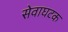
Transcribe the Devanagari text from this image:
सेवाघटक